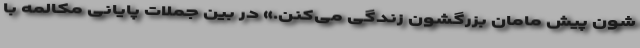
شون پیش مامان بزرگشون زندگی می‌کنن.» در بین جملات پایانی مکالمه با